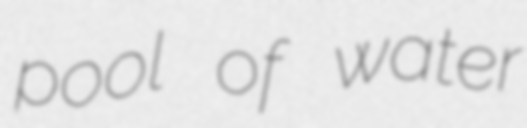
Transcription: pool of water